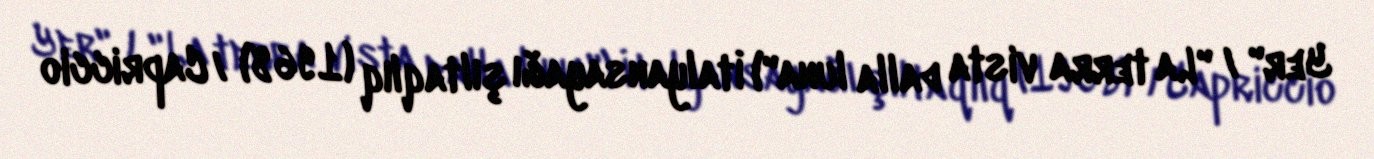
Yer" / "La terra vista dalla luna") İtalyansayağı şıltaqlıq (1968) / Capriccio